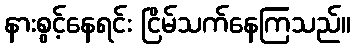
နားစွင့်နေရင်း ငြိမ်သက်နေကြသည်။